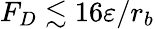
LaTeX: F_{D}\lesssim 16\varepsilon/r_{b}